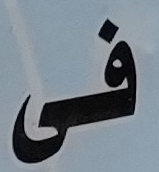
فى